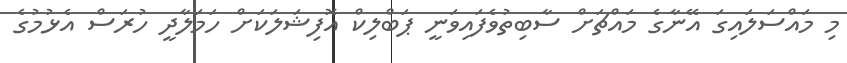
މި މައްސަލައިގަ އޭނާގެ މައްޗަށް ސާބިތުވެފައިވަނީ ޕަބްލިކް އޮފިޝަލަކަށް ހަމަލާދީ ހުރަސް އެޅުމުގެ